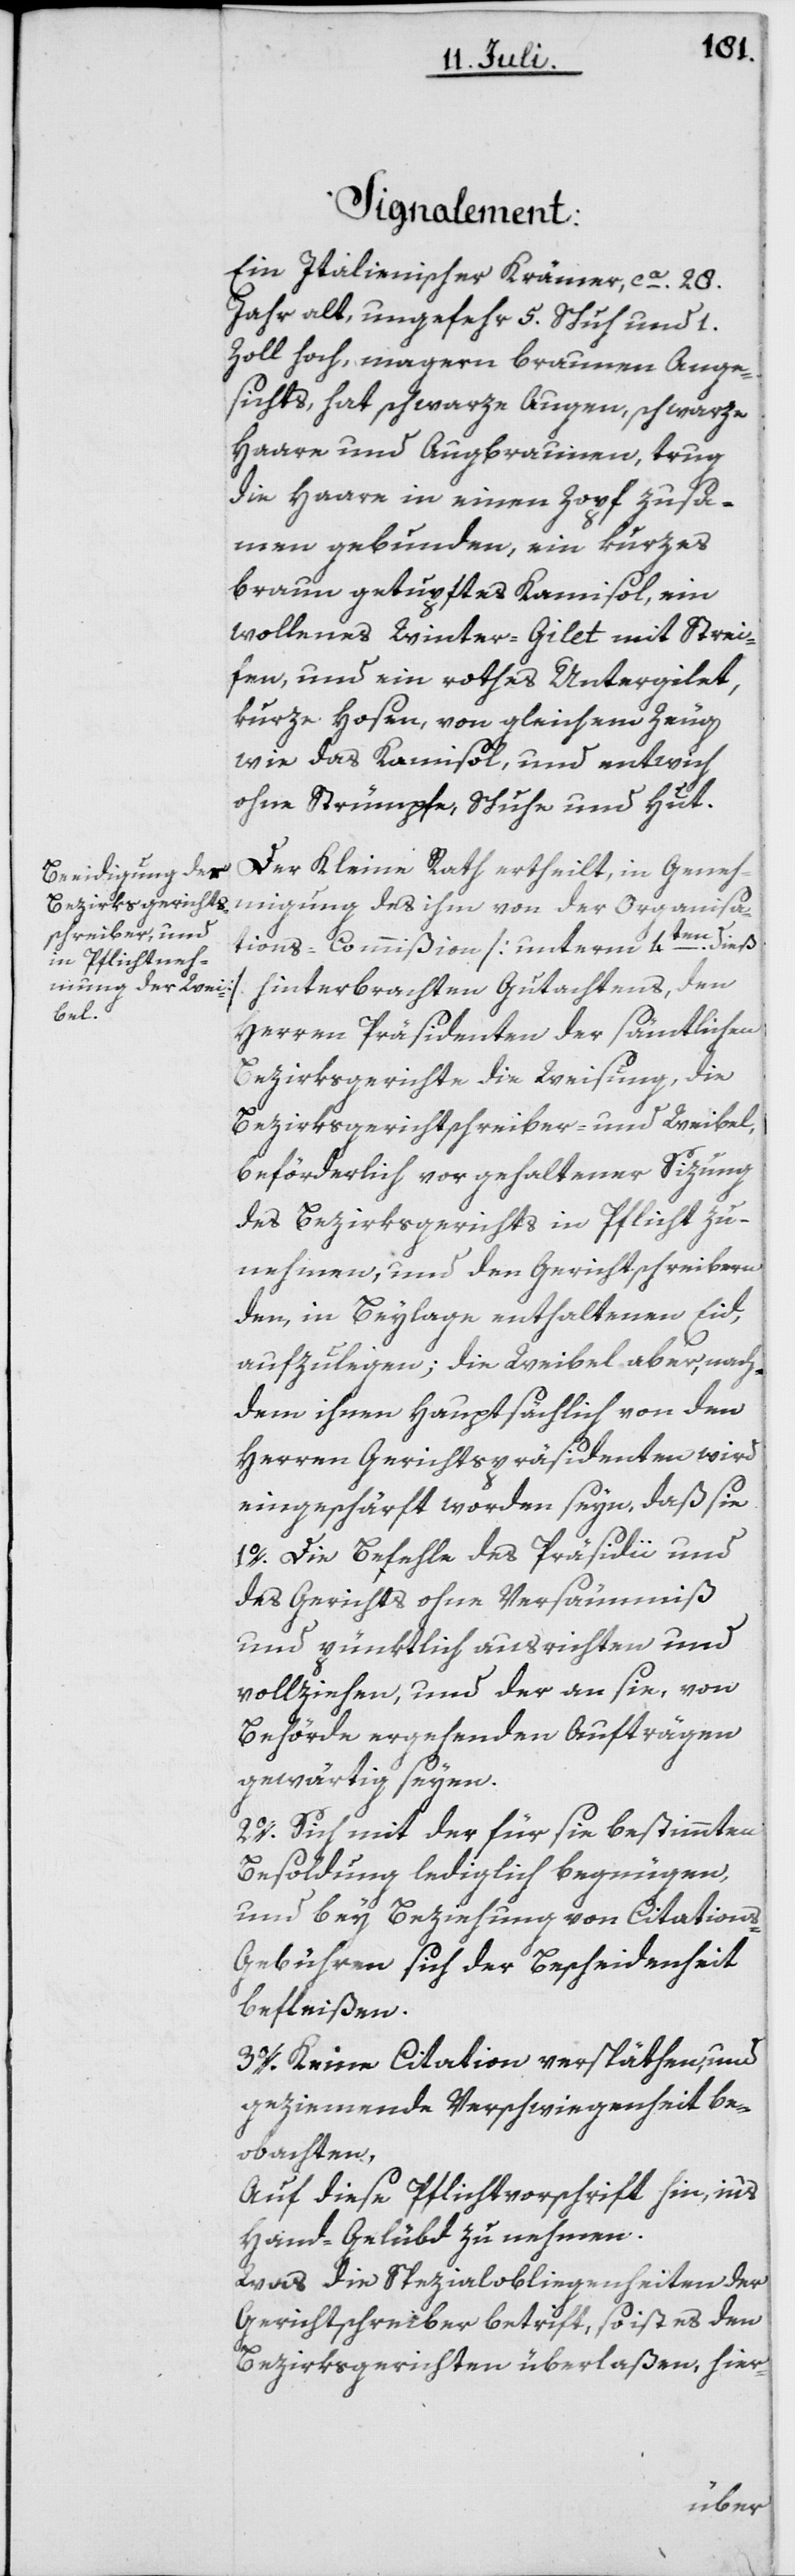
Signalement:
Ein Italienischer Krämer, ca. 28.
Jahr alt, ungefehr 5. Schuh und 1.
Zoll hoch, magern braunen Ange¬
sichts, hat schwarze Augen, schwarze
Haare und Augbraunen, trug
die Haare in einen Zopf zusa¬
men gebunden, ein kurzes
braun getupftes Kamisol, ein
wollenes Winter-Gilet mit Strei¬
fen, und ein rothes Untergilet,
kurze Hosen, von gleichem Zeug
wie das Kamisol, und entwich
ohne Strümpfe, Schuhe und Hut.
Der Kleine Rath ertheilt, in Geneh¬
migung des ihm von der Organisa¬
tions-Commißion [unterm 4ten dieß]
hinterbrachten Gutachtens, den
Herren Präsidenten der sämtlichen
Bezirksgerichte die Weisung, die
Bezirksgerichtschreiber- und Weibel,
beförderlich vor gehaltener Sizung
des Bezirksgerichts in Pflicht zu
nehmen, und den Gerichtschreibern
den, in Beylage enthaltenen Eid,
aufzulegen; die Weibel aber, nach¬
dem ihnen hauptsächlich von den
Herren Gerichtspräsidenten wird
eingeschärft worden seyn, daß sie
1o. Die Befehle des Präsidii und
des Gerichts ohne Versäumniß
und pünktlich ausrichten und
vollziehen, und der an sie, von
Behörde ergehenden Aufträgen
gewärtig seyen.
2o. Sich mit der für sie bestimmten
Besoldung lediglich begnügen,
und bey Beziehung von Citations-G¬
ebühren sich der Bescheidenheit
befleißen.
3o. Keine Citation verspäthen, und
geziemende Verschwiegenheit be¬
obachten,
Auf diese Pflichtvorschrift hin, in’s
Hand-Gelübd zu nehmen.
Was die Spezialobliegenheiten der
Gerichtschreiber betrift, so ist es den
Bezirksgerichten überlaßen, hier-